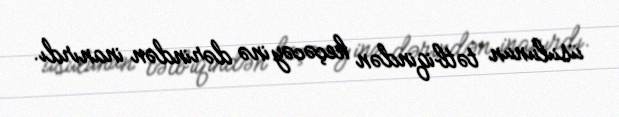
üsulunun tətbiqindən keçəcəyinə dərindən inanırdı.